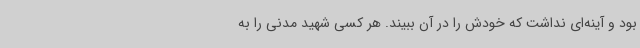
بود و آینه‌ای نداشت که خودش را در آن ببیند. هر کسی شهید مدنی را به